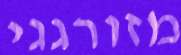
מזורגגי